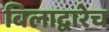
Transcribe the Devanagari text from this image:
बिलाद्वारेच